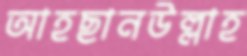
আহছানউল্লাহ